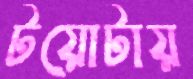
টয়োটায়